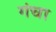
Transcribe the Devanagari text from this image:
गंचा